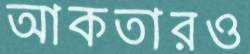
আকতারও